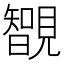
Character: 䚐